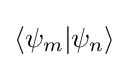
\langle \psi _{m}|\psi _{n}\rangle